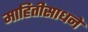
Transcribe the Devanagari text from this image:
माहितीसाधने